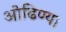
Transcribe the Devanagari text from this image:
ओढिण्या